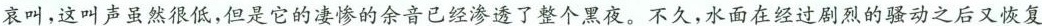
哀叫，这叫声虽然很低，但是它的凄惨的余音已经渗透了整个黑夜。不久，水面在经过剧烈的骚动之后又恢复